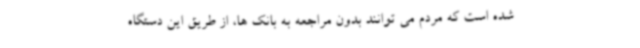
شده است که مردم می توانند بدون مراجعه به بانک ها، از طریق این دستگاه